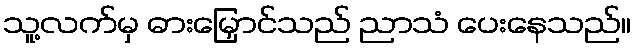
သူ့လက်မှ ဓားမြှောင်သည် ညာသံ ပေးနေသည်။